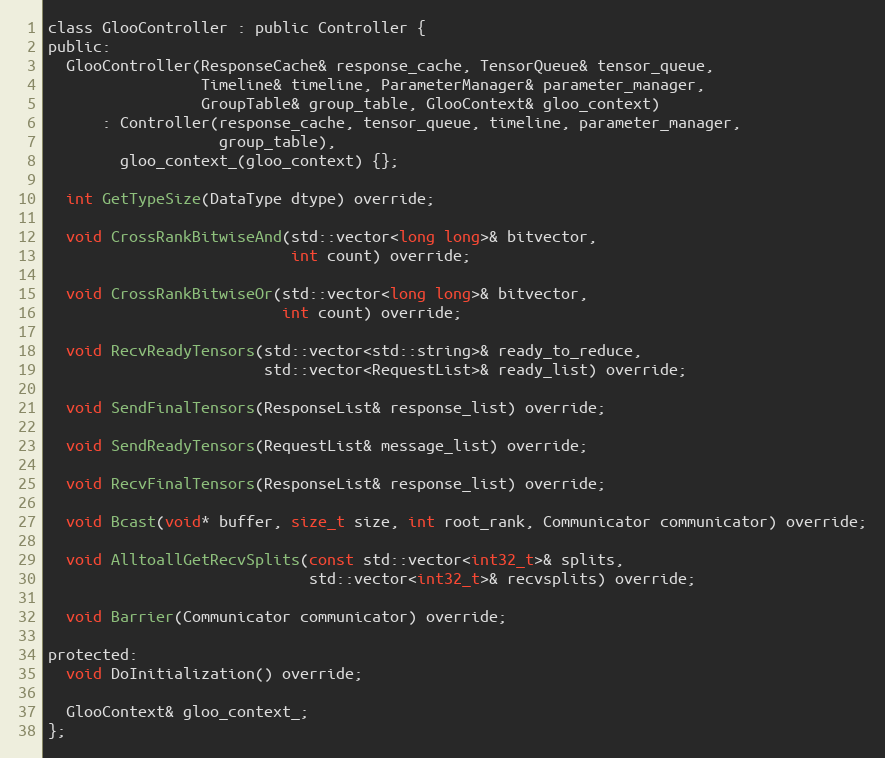
Language: C
class GlooController : public Controller {
public:
  GlooController(ResponseCache& response_cache, TensorQueue& tensor_queue,
                 Timeline& timeline, ParameterManager& parameter_manager,
                 GroupTable& group_table, GlooContext& gloo_context)
      : Controller(response_cache, tensor_queue, timeline, parameter_manager,
                   group_table),
        gloo_context_(gloo_context) {};

  int GetTypeSize(DataType dtype) override;

  void CrossRankBitwiseAnd(std::vector<long long>& bitvector,
                           int count) override;

  void CrossRankBitwiseOr(std::vector<long long>& bitvector,
                          int count) override;

  void RecvReadyTensors(std::vector<std::string>& ready_to_reduce,
                        std::vector<RequestList>& ready_list) override;

  void SendFinalTensors(ResponseList& response_list) override;

  void SendReadyTensors(RequestList& message_list) override;

  void RecvFinalTensors(ResponseList& response_list) override;

  void Bcast(void* buffer, size_t size, int root_rank, Communicator communicator) override;

  void AlltoallGetRecvSplits(const std::vector<int32_t>& splits,
                             std::vector<int32_t>& recvsplits) override;

  void Barrier(Communicator communicator) override;

protected:
  void DoInitialization() override;

  GlooContext& gloo_context_;
};